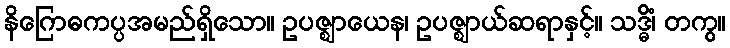
နိဂြောဓကပ္ပအမည်ရှိသော။ ဥပဇ္ဈာယေန၊ ဥပဇ္ဈာယ်ဆရာနှင့်။ သဒ္ဓိံ၊ တကွ။